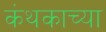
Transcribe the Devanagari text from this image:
कंथकाच्या